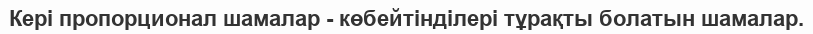
Кері пропорционал шамалар - көбейтінділері тұрақты болатын шамалар.